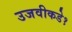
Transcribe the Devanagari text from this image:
उजवीकडे१